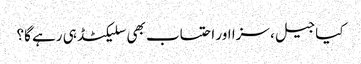
کیا جیل، سزا اور احتساب بھی سلیکٹڈ ہی رہے گا؟